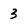
Character: 3